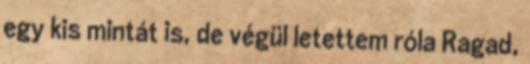
egy kis mintát is, de végül letettem róla Ragad,